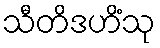
သီတိဒဟိံသု